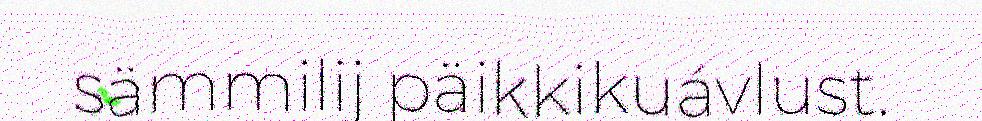
sämmilij päikkikuávlust.